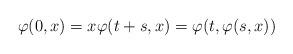
LaTeX: \begin{align*}\varphi (0 ,x)=x \varphi (t+s,x)=\varphi(t, \varphi(s,x))\end{align*}